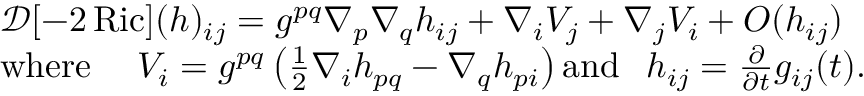
\begin{array} { r l } & { \mathcal { D } [ - 2 \operatorname { R i c } ] ( h ) _ { i j } = g ^ { p q } \nabla _ { p } \nabla _ { q } h _ { i j } + \nabla _ { i } V _ { j } + \nabla _ { j } V _ { i } + O ( h _ { i j } ) } \\ & { \operatorname { w h e r e } \; \; \; \; V _ { i } = g ^ { p q } \left( \frac { 1 } { 2 } \nabla _ { i } h _ { p q } - \nabla _ { q } h _ { p i } \right) \operatorname { a n d } \; \; h _ { i j } = \frac { \partial } { \partial t } g _ { i j } ( t ) . } \end{array}